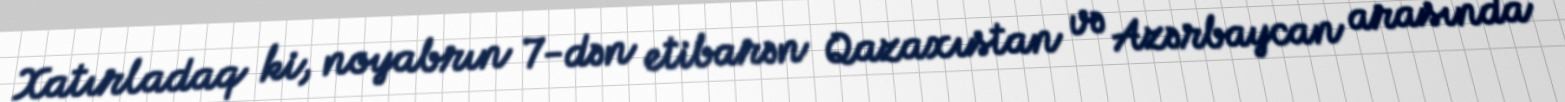
Xatırladaq ki, noyabrın 7-dən etibarən Qazaxıstan və Azərbaycan arasında